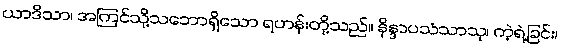
ယာဒိသာ၊ အကြင်သို့သဘောရှိသော ရဟန်းတို့သည်။ နိန္ဒာပသံသာသု၊ ကဲ့ရဲ့ခြင်း၊